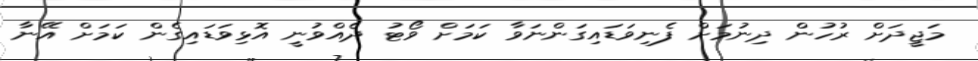
މަޖީދަށް ރުހުން ދިނުމަށް ފެނިވަޑައިގަންނަވާ ކަމަށް ވޯޓު ދެއްވުނީ އޮޅިވަޑައިގެން ކަމަށް އޭނާ